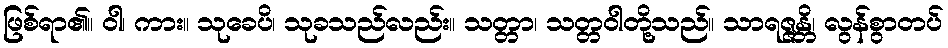
ဖြစ်ရာ၏။ ဝါ၊ ကား။ သုခေပိ၊ သုခသည်လည်း။ သတ္တာ၊ သတ္တဝါတို့သည်။ သာရဇ္ဇန္တိ၊ လွန်စွာတပ်